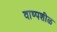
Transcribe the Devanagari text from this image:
वाष्पशीळ